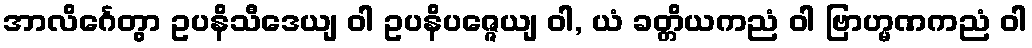
အာလိင်္ဂေတွာ ဥပနိသီဒေယျ ဝါ ဥပနိပဇ္ဇေယျ ဝါ, ယံ ခတ္တိယကညံ ဝါ ဗြာဟ္မဏကညံ ဝါ